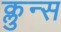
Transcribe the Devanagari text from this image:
क्लुन्स